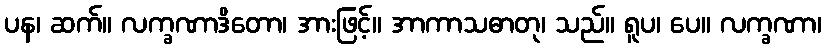
ပန၊ ဆက်။ လက္ခဏာဒိတော၊ အားဖြင့်။ အာကာသဓာတု၊ သည်။ ရူပ၊ ပေ။ လက္ခဏာ၊